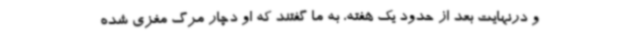
و درنهایت بعد از حدود یک هفته، به ما گفتند که او دچار مرگ مغزی شده